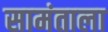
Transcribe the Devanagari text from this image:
सामंताला